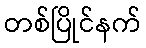
တစ်ပြိုင်နက်